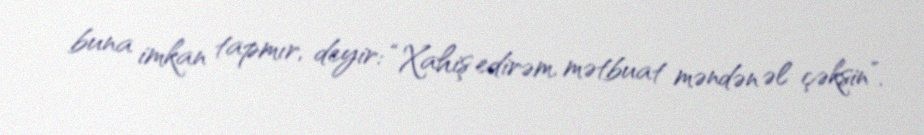
buna imkan tapmır, deyir: “Xahiş edirəm, mətbuat məndən əl çəksin”.